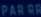
PAREM